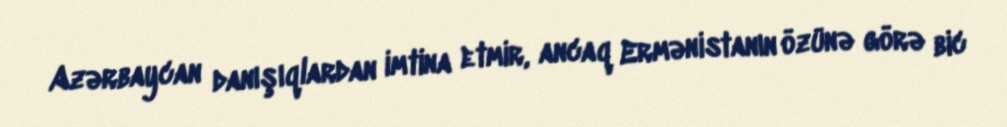
Azərbaycan danışıqlardan imtina etmir, ancaq Ermənistanın özünə görə bic